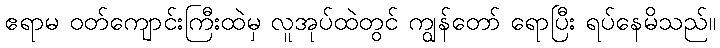
ဧရာမ ဝတ်ကျောင်းကြီးထဲမှ လူအုပ်ထဲတွင် ကျွန်တော် ရောပြီး ရပ်နေမိသည်။